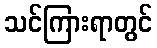
သင်ကြားရာတွင်